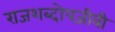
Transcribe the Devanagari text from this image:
राजशब्दोपजीवी